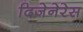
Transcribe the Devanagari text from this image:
दिजेनेरेस